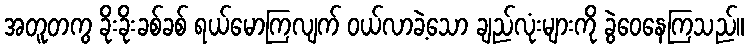
အတူတကွ ခိုးခိုးခစ်ခစ် ရယ်မောကြလျက် ဝယ်လာခဲ့သော ချည်လုံးများကို ခွဲဝေနေကြသည်။